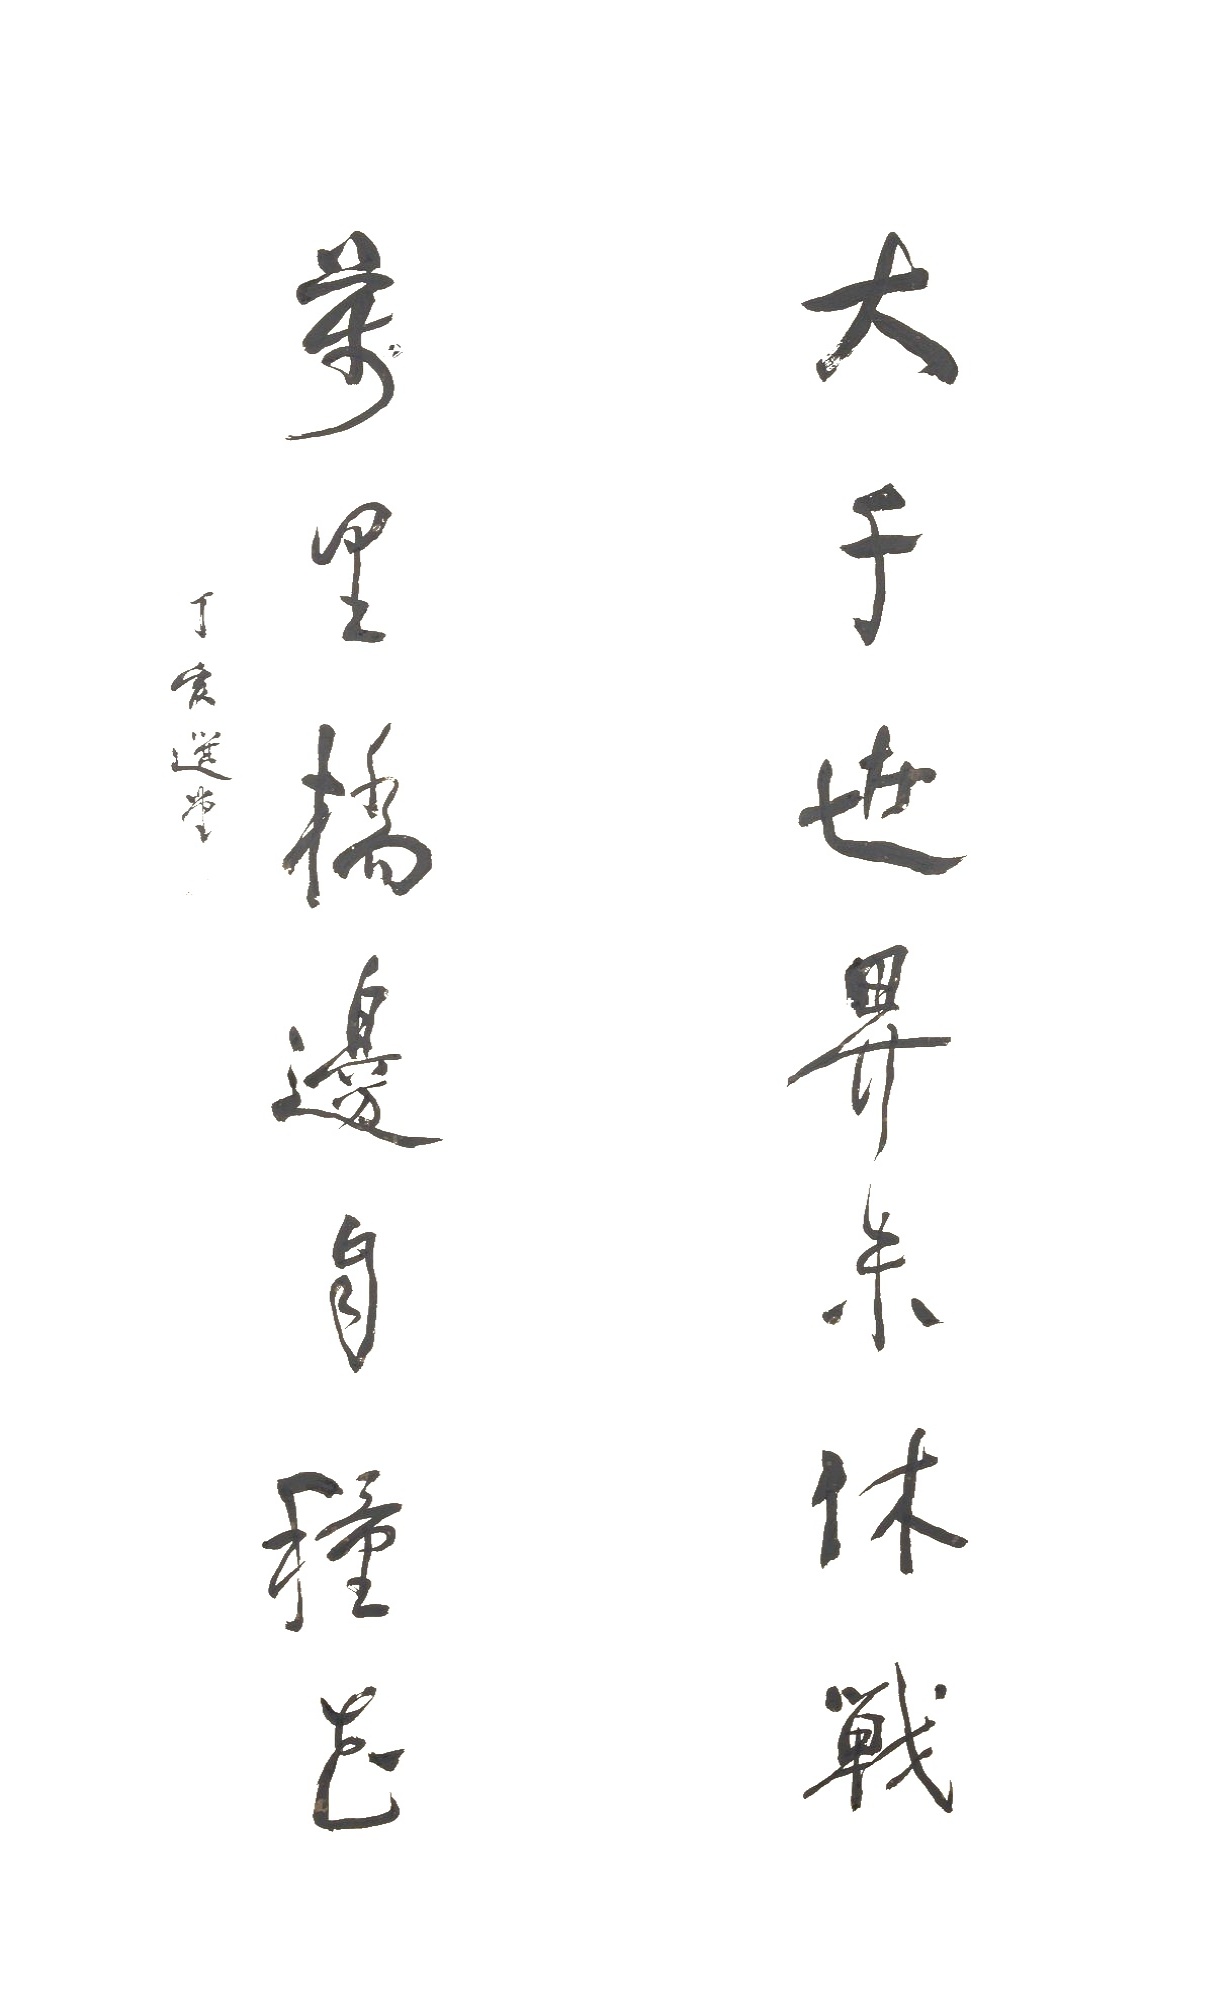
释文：大千世界未休战，万里桥边自种花。丁亥选堂。